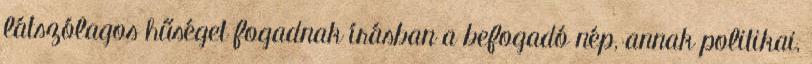
látszólagos hűséget fogadnak írásban a befogadó nép, annak politikai,